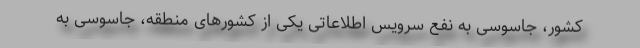
کشور، جاسوسی به نفع سرویس اطلاعاتی یکی از کشور‌های منطقه، جاسوسی به